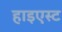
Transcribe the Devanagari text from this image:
हाइएस्ट